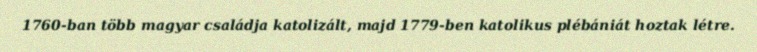
1760-ban több magyar családja katolizált, majd 1779-ben katolikus plébániát hoztak létre.